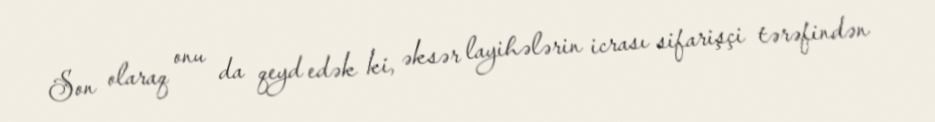
Son olaraq onu da qeyd edək ki, əksər layihələrin icrası sifarişçi tərəfindən